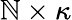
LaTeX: \mathbb{N}\times\kappa